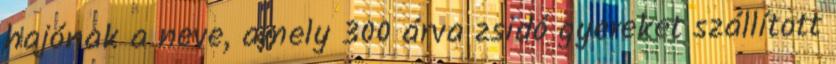
hajónak a neve, amely 300 árva zsidó gyereket szállított